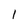
Character: 1